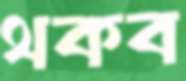
থকব